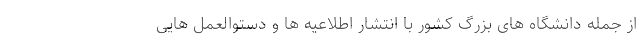
از جمله دانشگاه های بزرگ کشور با انتشار اطلاعیه ها و دستوالعمل هایی